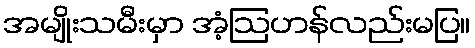
အမျိုးသမီးမှာ အံ့ဩဟန်လည်းမပြ။